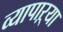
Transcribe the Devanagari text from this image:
व्यापाऱ्या